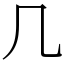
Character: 几